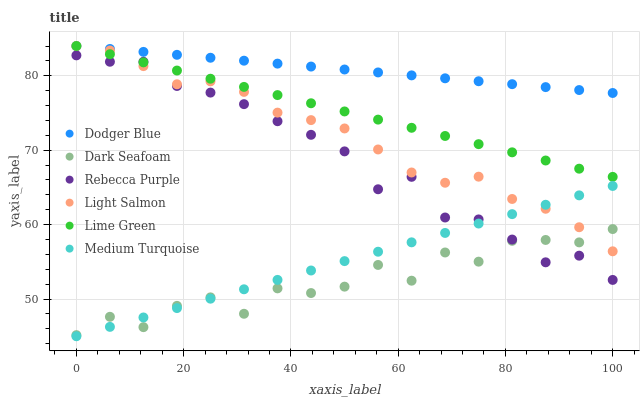
| xaxis_label | Dodger Blue | Dark Seafoam | Rebecca Purple | Light Salmon | Lime Green | Medium Turquoise |
 | --- | --- | --- | --- | --- | --- | --- |
 | 0 | 84 | 45.1 | 82.7 | 84 | 84 | 45 |
 | 6.25 | 83.6 | 47.6 | 81.9 | 83.4 | 82.9 | 46.3 |
 | 12.5 | 83.2 | 46.2 | 81.9 | 81.3 | 81.8 | 47.5 |
 | 18.8 | 82.8 | 49.1 | 78.6 | 78.9 | 80.7 | 48.8 |
 | 25 | 82.4 | 50.2 | 77.7 | 79.3 | 79.6 | 50 |
 | 31.2 | 82 | 48 | 76.2 | 77.8 | 78.5 | 51.3 |
 | 37.5 | 81.6 | 51.4 | 73.9 | 75 | 77.4 | 52.6 |
 | 43.8 | 81.2 | 50.8 | 72.1 | 74 | 76.3 | 53.8 |
 | 50 | 80.8 | 51.7 | 69.8 | 72.9 | 75.2 | 55.1 |
 | 56.2 | 80.4 | 54.6 | 64.8 | 70.1 | 74.1 | 56.4 |
 | 62.5 | 80.1 | 52.5 | 66.4 | 67 | 73 | 57.6 |
 | 68.8 | 79.7 | 56.3 | 61 | 65.6 | 71.9 | 58.9 |
 | 75 | 79.3 | 55 | 60.7 | 66.4 | 70.8 | 60.1 |
 | 81.2 | 78.9 | 57.8 | 58 | 63.4 | 69.7 | 61.4 |
 | 87.5 | 78.5 | 57.9 | 54.9 | 62.1 | 68.6 | 62.7 |
 | 93.8 | 78.1 | 57.6 | 55.8 | 59.6 | 67.5 | 63.9 |
 | 100 | 77.7 | 59.4 | 52.6 | 56.4 | 66.4 | 65.2 |